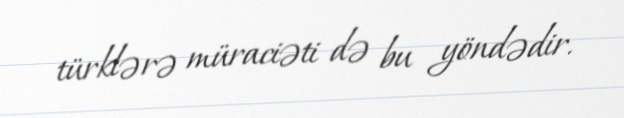
türklərə müraciəti də bu yöndədir.